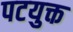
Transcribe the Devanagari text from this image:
पटयुक्त